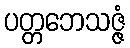
ပတ္တဘေသဇ္ဇံ